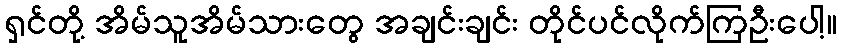
ရှင်တို့ အိမ်သူအိမ်သားတွေ အချင်းချင်း တိုင်ပင်လိုက်ကြဦးပေါ့။